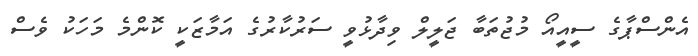
އެންސްޕާގެ ސީއީއޯ މުޖުތަބާ ޖަލީލް ވިދާޅުވީ ސަރުކާރުގެ އަމާޒަކީ ކޮންމެ މަހަކު ވެސް